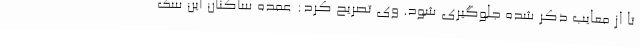
تا از معایب ذکر شده جلوگیری شود. وی تصریح کرد: عمده ساکنان این سک